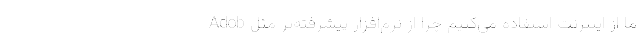
ما از اینترنت استفاده می‌کنیم چرا از نرم‌افزار پیشرفته‌تر مثل Adob